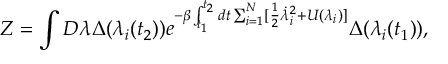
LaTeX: Z = \int { \cal D } \lambda \Delta ( \lambda _ { i } ( t _ { 2 } ) ) e ^ { - \beta \int _ { t _ { 1 } } ^ { t _ { 2 } } d t \sum _ { i = 1 } ^ { N } [ \frac { 1 } { 2 } \dot { \lambda } _ { i } ^ { 2 } + U ( \lambda _ { i } ) ] } \Delta ( \lambda _ { i } ( t _ { 1 } ) ) ,